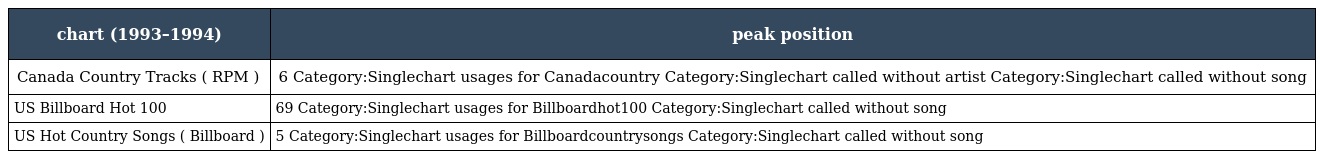
| chart (1993–1994) | peak position |
 | --- | --- |
 | Canada Country Tracks ( RPM ) | 6 Category:Singlechart usages for Canadacountry Category:Singlechart called without artist Category:Singlechart called without song |
 | US Billboard Hot 100 | 69 Category:Singlechart usages for Billboardhot100 Category:Singlechart called without song |
 | US Hot Country Songs ( Billboard ) | 5 Category:Singlechart usages for Billboardcountrysongs Category:Singlechart called without song |